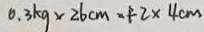
0 . 3 k g \times 2 6 c m = F 2 \times 4 c m